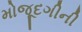
મોજૂદગીની